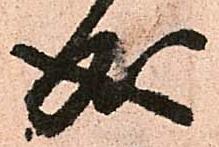
成